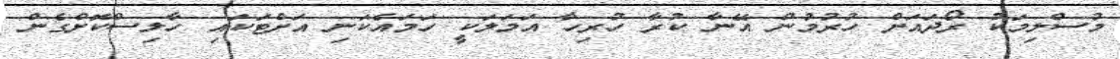
މުސްލިމަކު ރޯދައަށް ހުރުމުން އޭނާ ކުރާ ހުރިހާ އަމަލަކީ ހަމައެކަނި އަށްޓަކައި ހާލިސްކޮށްގެން